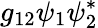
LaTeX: g_{12}\psi_{1}\psi_{2}^{*}